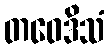
တဝေဒိသံ